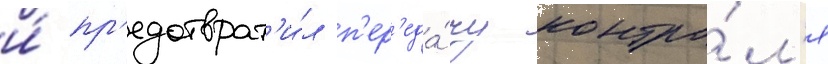
и́ пр'едотврат'и́л п'ер'еда́чу контро́л'я